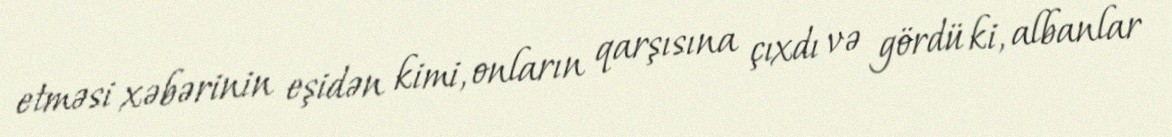
etməsi xəbərinin eşidən kimi, onların qarşısına çıxdı və gördü ki, albanlar